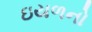
ઇયળનો